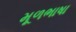
મૂળભાષા